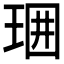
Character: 𤥪